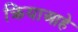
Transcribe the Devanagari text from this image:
क्रियाआहे